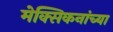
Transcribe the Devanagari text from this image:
मेक्सिकनांच्या